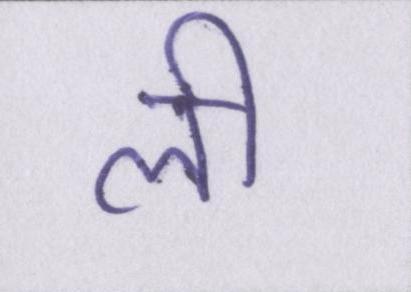
ली